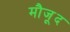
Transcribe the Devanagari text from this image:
मौजू़द